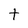
Character: t